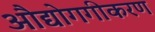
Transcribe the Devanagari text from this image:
औद्योगगीकरण